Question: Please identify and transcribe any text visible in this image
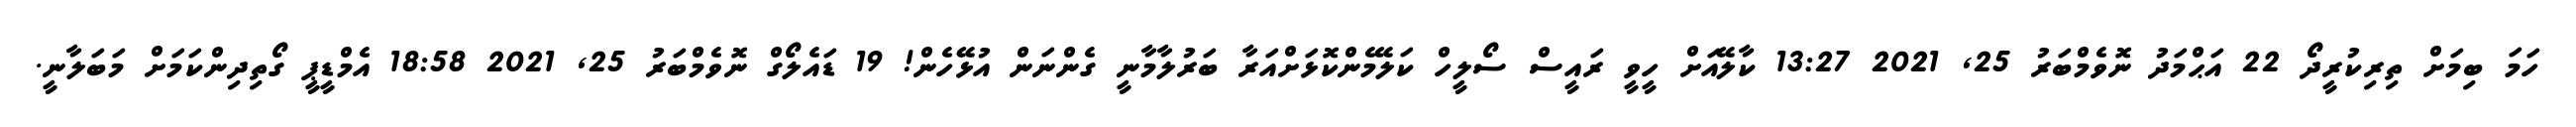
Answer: ހަމަ ބިމަށް ތިރިކުރީދޯ 22 އަޙްމަދު ނޮވެމްބަރު 25, 2021 13:27 ކާލޭއަށް ހީވީ ރައީސް ސޯލީހް ކަލޭމެންކޮޅަށްއަރާ ބަރުލާމާނީ ގެންނަން އުޅޭހެން! 19 ޑައެލޯގް ނޮވެމްބަރު 25, 2021 18:58 އެމްޑީޕީ ގޯތިދިންކަމަށް މަބަލާނީ.